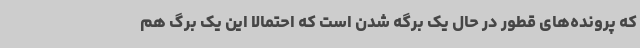
که پرونده‌های قطور در حال یک برگه شدن است که احتمالا این یک برگ هم